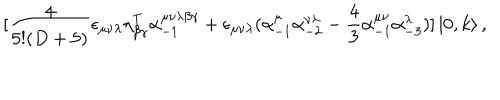
\lbrack \frac { 4 } { 5 ! ( D + 5 ) } \epsilon _ { \mu \nu \lambda } \eta _ { \beta \gamma } ^ { T } \alpha _ { - 1 } ^ { \mu \nu \lambda \beta \gamma } + \epsilon _ { \mu \nu \lambda } ( \alpha _ { - 1 } ^ { \mu } \alpha _ { - 2 } ^ { \nu \lambda } - \frac { 4 } { 3 } \alpha _ { - 1 } ^ { \mu \nu } \alpha _ { - 3 } ^ { \lambda } ) ] \left\vert 0 , k \right\rangle ,